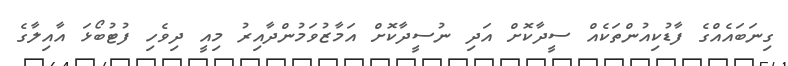
ގިނަބައެއްގެ ފާޑުކިއުންތަކެއް ސީދާކޮށް އަދި ނުސީދާކޮށް އަމާޒުވަމުންދާއިރު މިއީ ދިވެހި ފުޓުބޯޅަ އާއިލާގެ